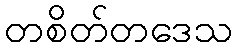
တစိတ်တဒေသ